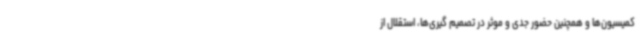
کمیسیون‌ها و همچنین حضور جدی و موثر در تصمیم گیری‌ها، استقلال از